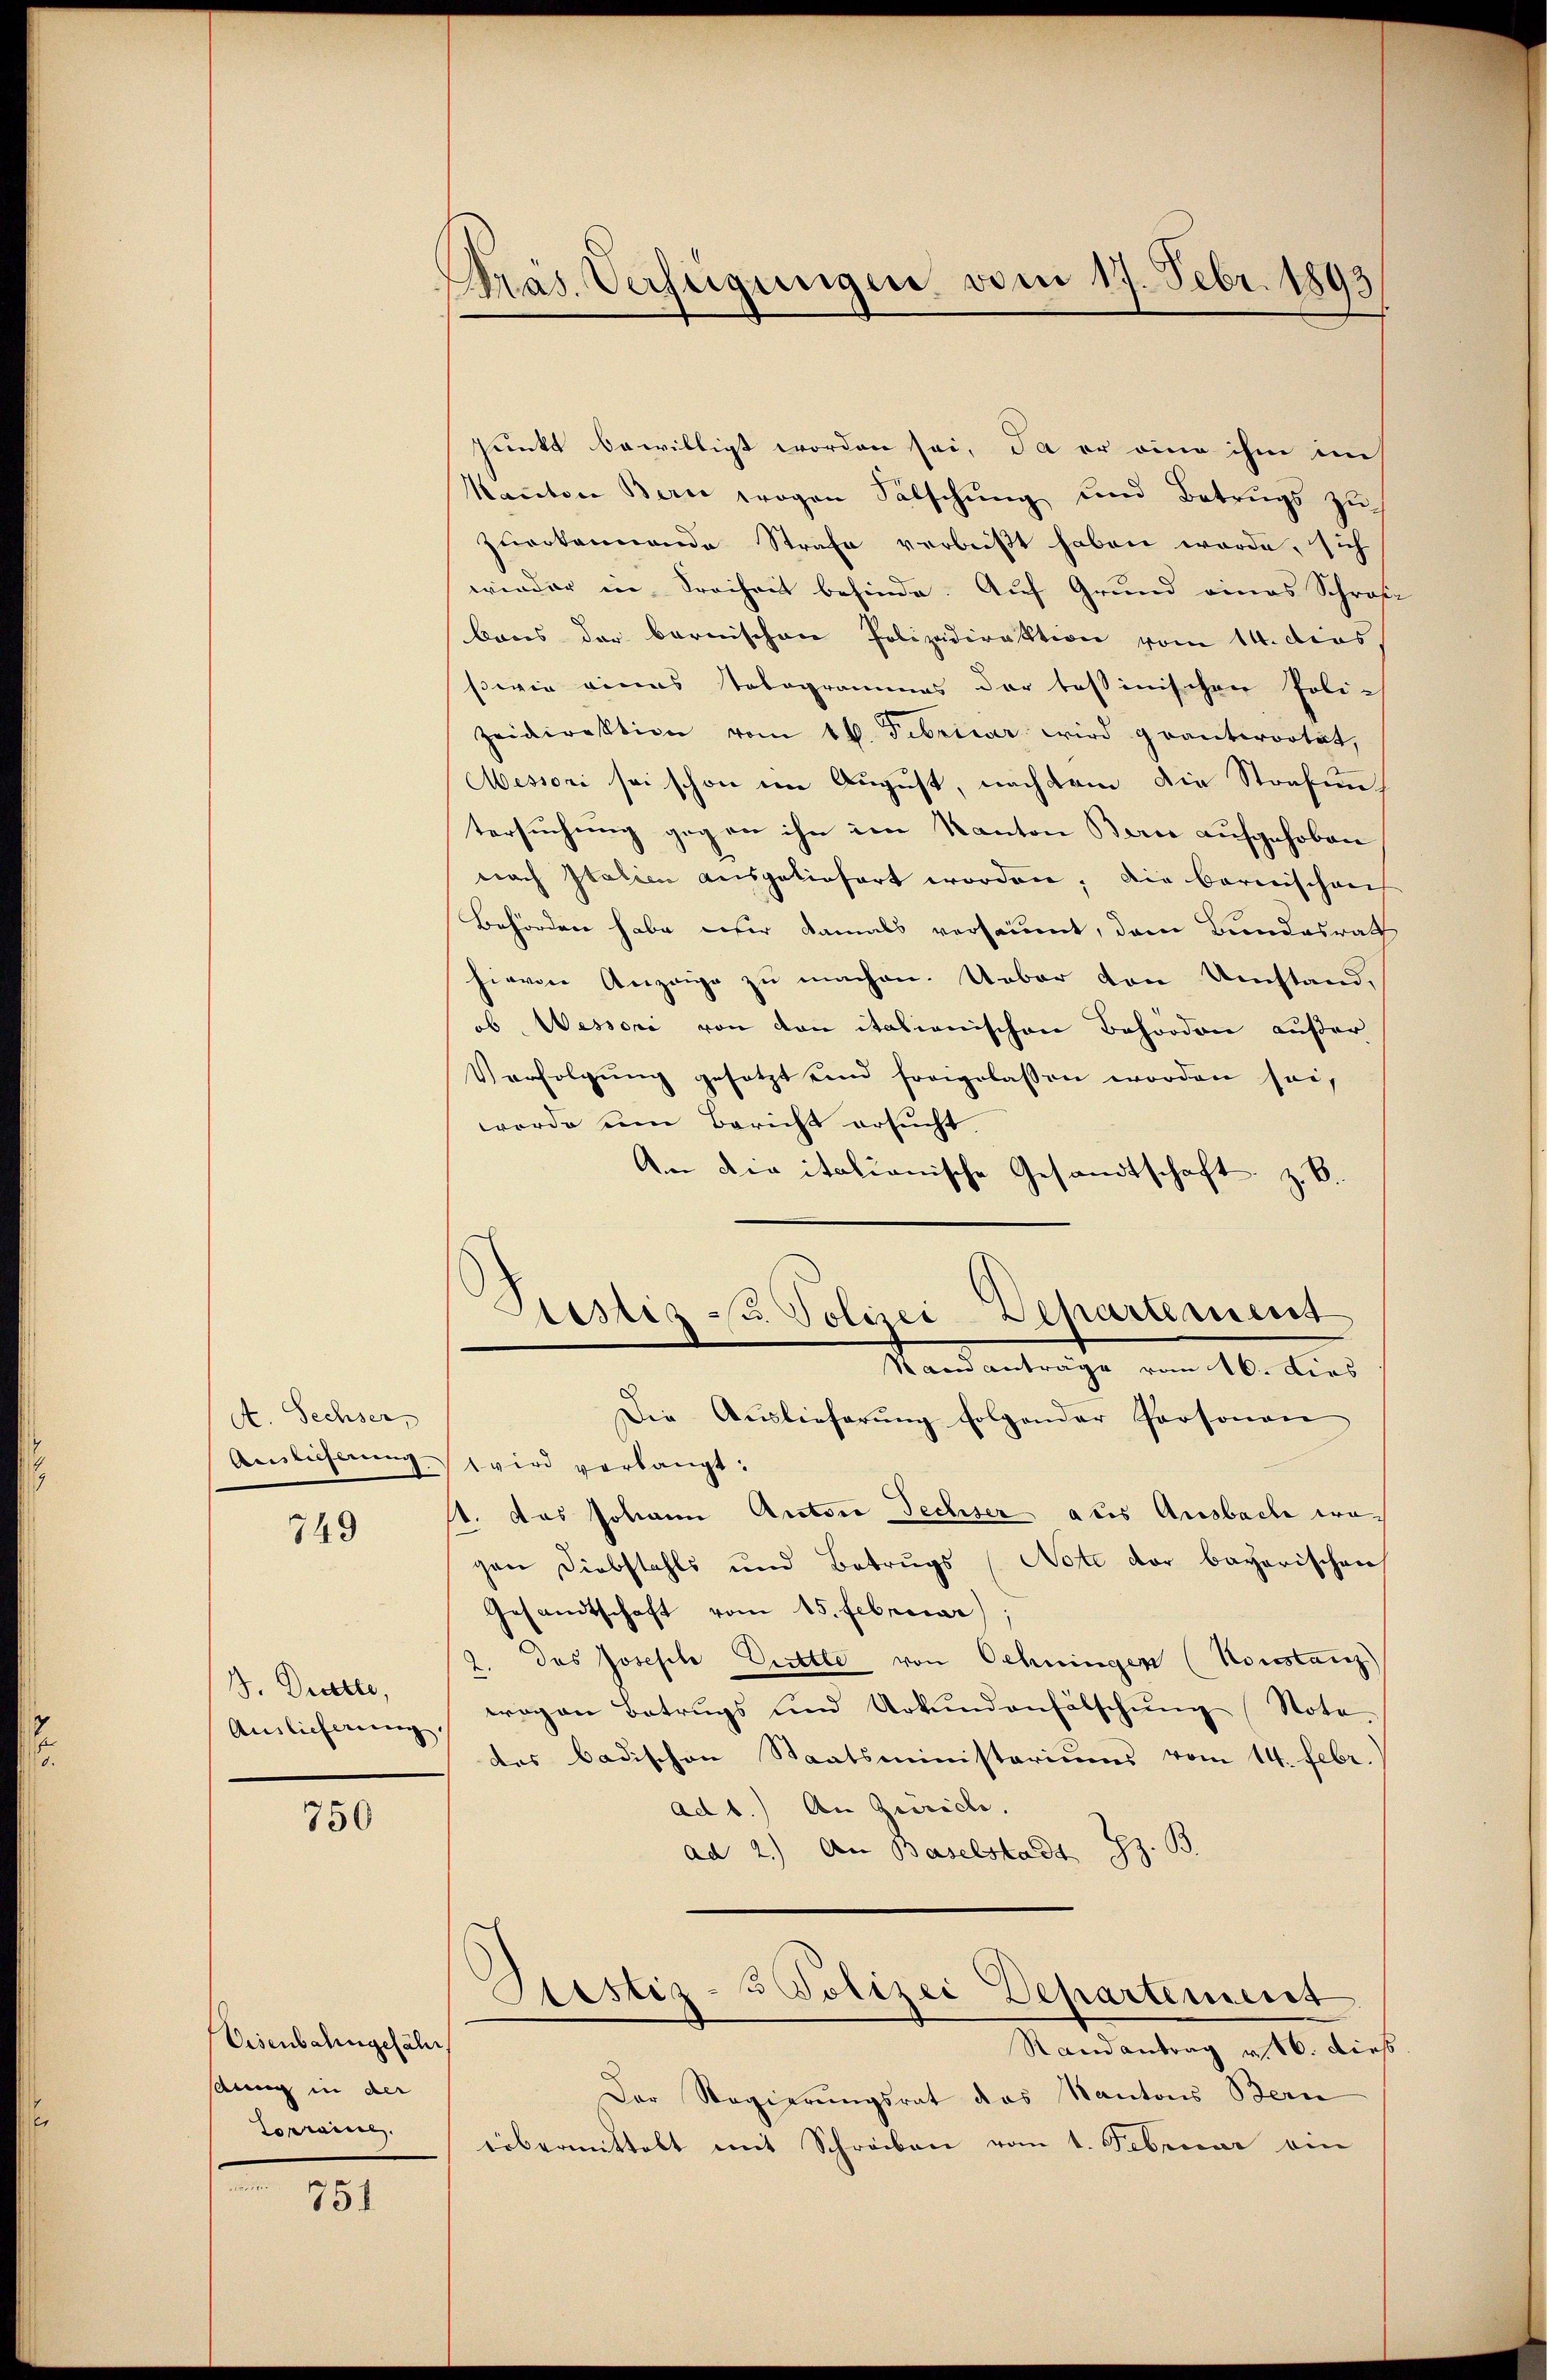
A. Sechser,
Auslicherung.

749

J. Decette,
Auslieferung.

750

Eisenbahngefähr
saun in der
Torraine.

751

Präs. Verfügungen vom 17. Febr. 1893

Sieslis u. Polizei-Departement
Samanträge vom 16. dies

Punkt bewilligt worden sei, da er eine ihm im
Kanton Bern wogen Fälschung und Betrugs zu
zŭerkannende Strafe verbeißt haben werde, sich
wieder in Freiheit befinde. Auf Grund eines Schrak-
bares der Barnischen Polizeidirektion vom 14. das
swie eines Tologrammes der tessinischen Polizeidirektion vom 16. Febriver wird geantwortet,
Messori sei schon im August, nachdem die Strafuntersuchung gegen ihn im Kanton Bern aufgehoben
nach Italien ausgeliefert worden; die Bernischens
Behörden habe er damals versäumt, dem Bundesrath
hievon Anzeige zu machen. Ueber den Umstand,
ob Wessori von von italienischen Behörden außer
Verfolgŭng gesetzt und freigelassen worden sei,
werde um Bericht ersucht,
Am Die italianische Gesandtschaft z. B.
Die Auslieferŭng folgender Personen
wird verlangt.
st. Das Johann Actore Sechser aus Ausbache wegen Diebstahls und Betrugs (Note der bayerischen
Gesandtschaft vom 15. Februar,
2. das Josefile Drittle von Schningen (Konstanz)
wogen Betrugs und Urkundenfälschung (Nota-
des badischen Staatsministeriums vom 14. Febr.
ad b.) An Zürich.
ad 2.) An Baselstadt z. B.
Astiz- & Polizei Departement
Randantrag v. 16. dieß
Der Regierungsrat das Kantons Bern
übermittelt mit Schreiben vom 1. Februar ein